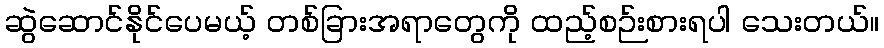
ဆွဲဆောင်နိုင်ပေမယ့် တစ်ခြားအရာတွေကို ထည့်စဉ်းစားရပါ သေးတယ်။